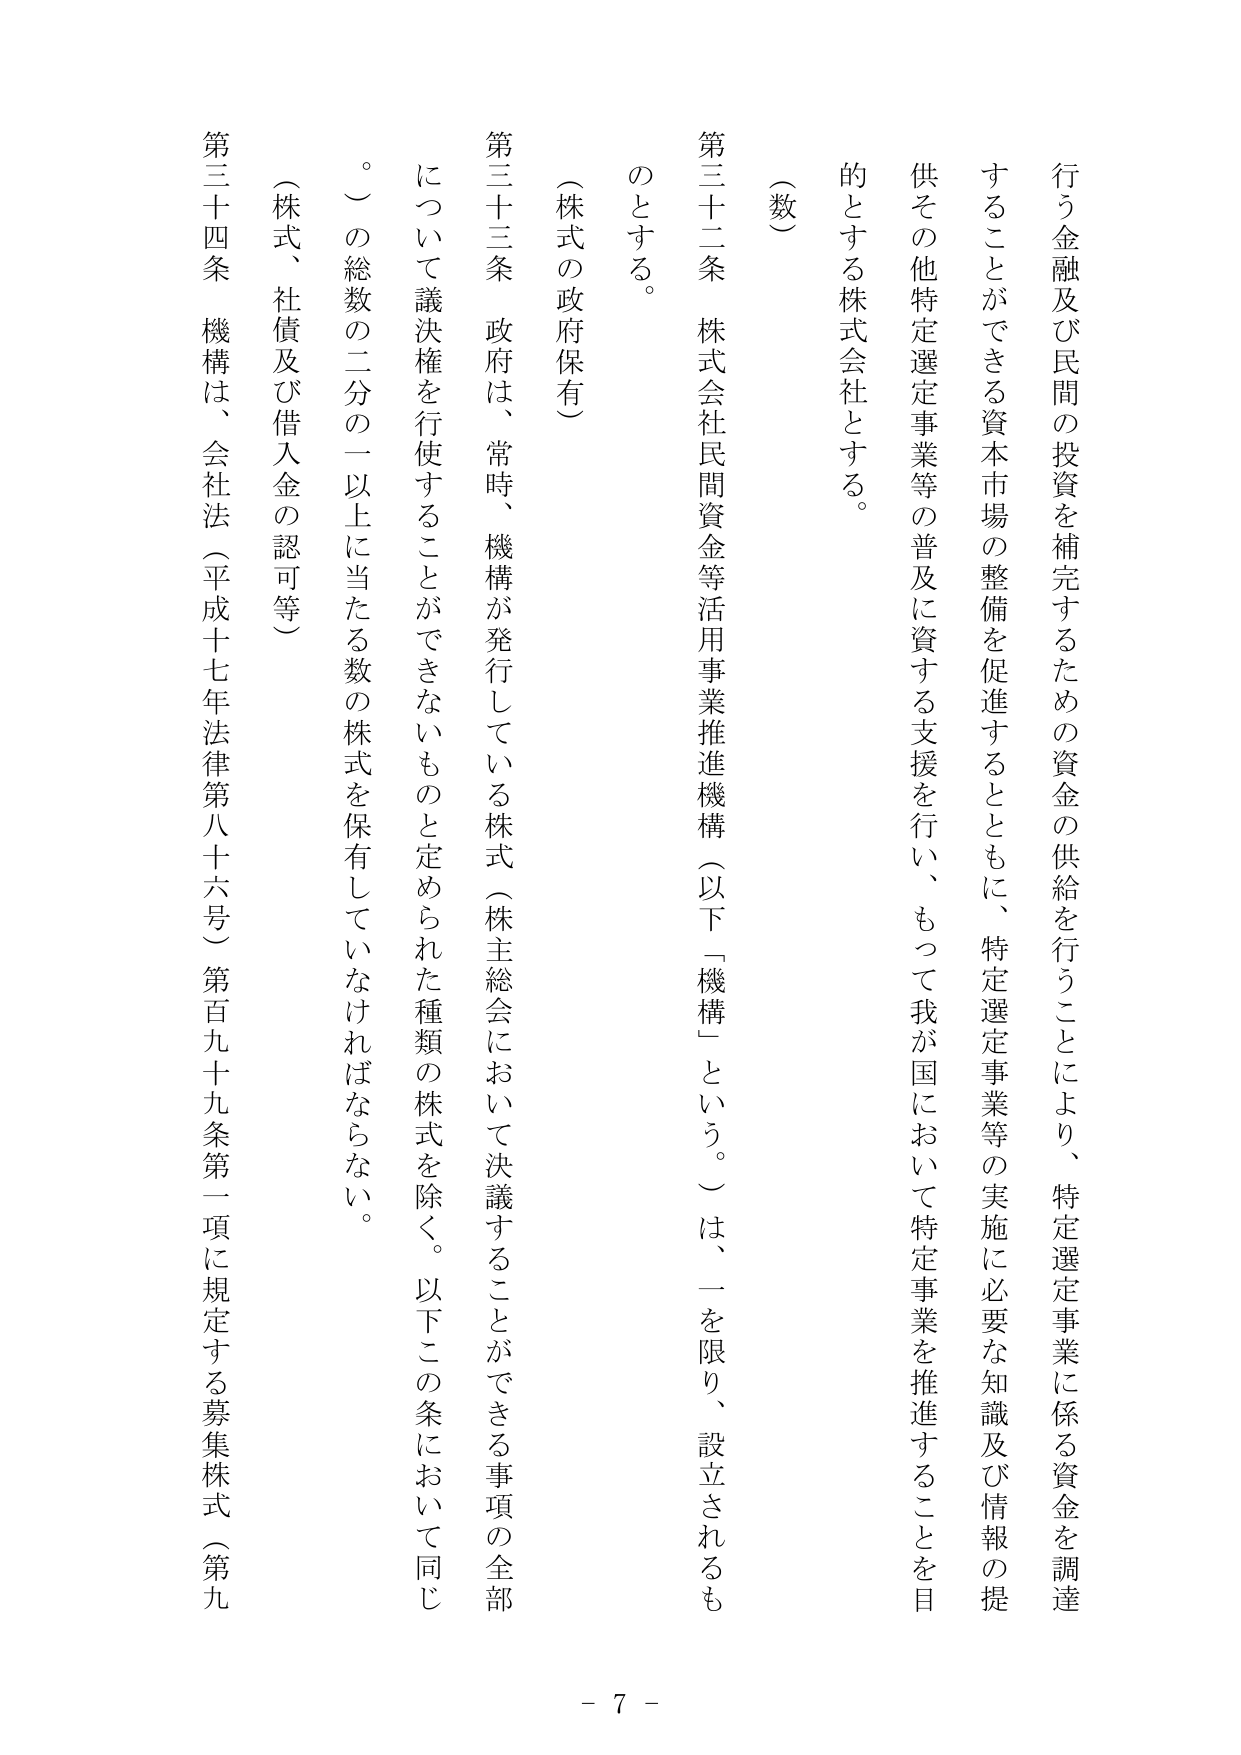
行う金融及び民間の投資を補完するための資金の供給を行うことにより、特定選定事業に係る資金を調達することができる資本市場の整備を促進するとともに、特定選定事業等の実施に必要な知識及び情報の提供その他特定選定事業等の普及に資する支援を行い、もって我が国において特定事業を推進することを目的とする株式会社とする。

（数）

第三十二条　株式会社民間資金等活用事業推進機構（以下「機構」という。）は、一を限り、設立されるものとする。

（株式の政府保有）

第三十三条　政府は、常時、機構が発行している株式（株主総会において決議することができる事項の全部について議決権を行使することができないものと定められた種類の株式を除く。以下この条において同じ。）の総数の二分の一以上に当たる数の株式を保有していなければならない。

（株式、社債及び借入金の認可等）

第三十四条　機構は、会社法（平成十七年法律第八十六号）第百九十九条第一項に規定する募集株式（第九

- 7 -